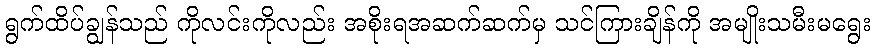
ရွက်ထိပ်ချွန်သည် ကိုလင်းကိုလည်း အစိုးရအဆက်ဆက်မှ သင်ကြားချိန်ကို အမျိုးသမီးမရွေး